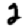
Digit: 2